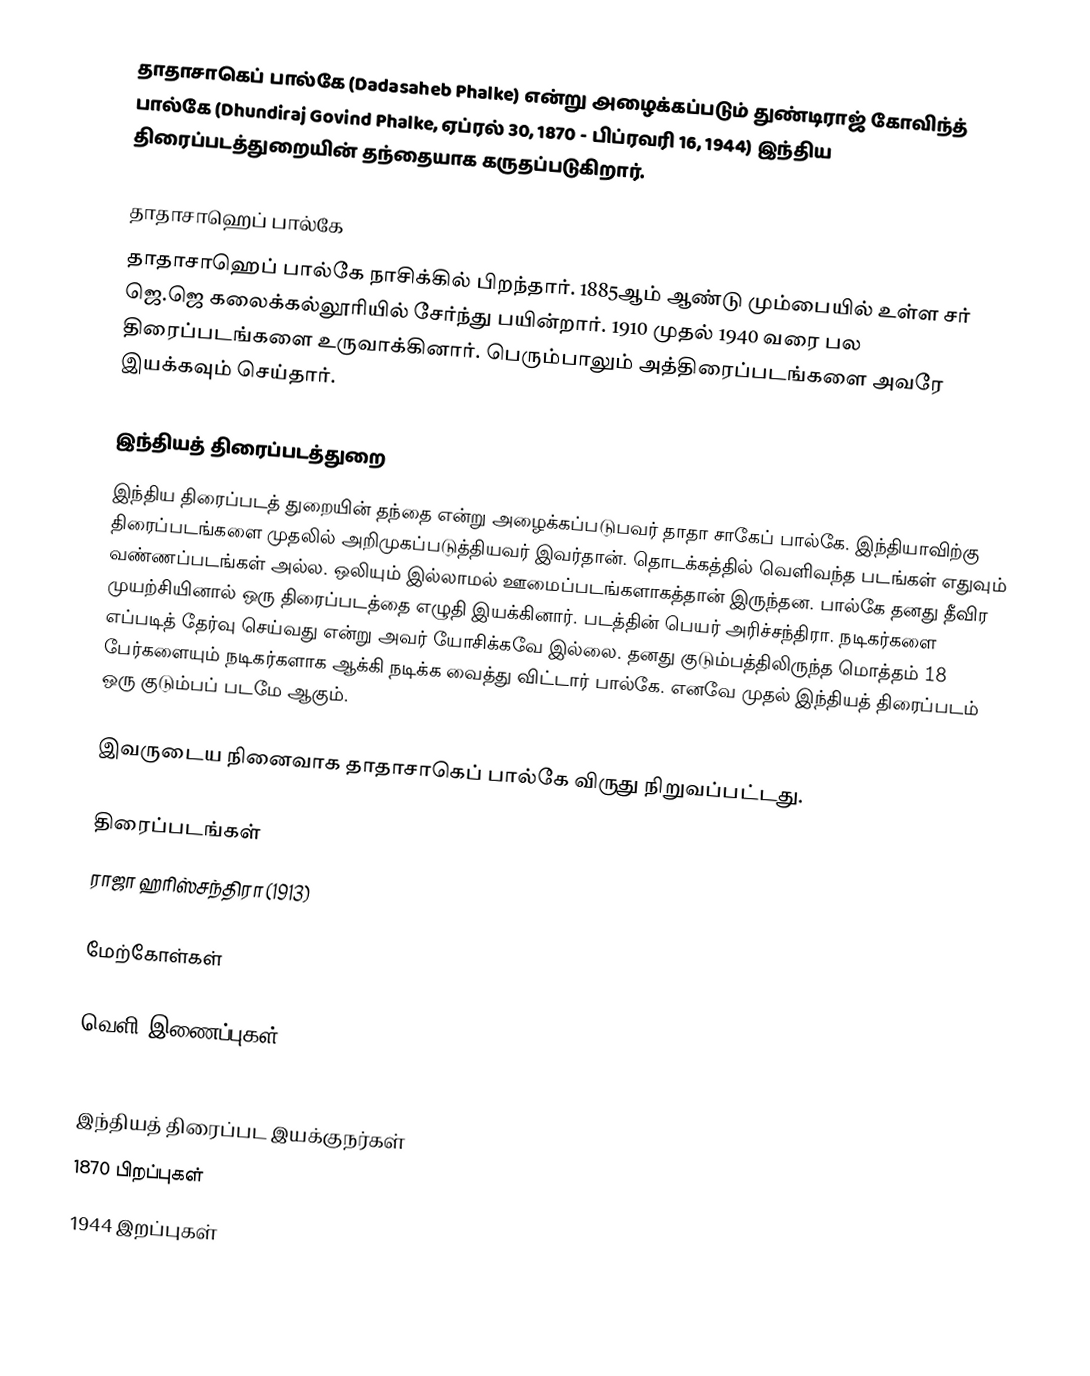
தாதாசாகெப் பால்கே (Dadasaheb Phalke) என்று அழைக்கப்படும் துண்டிராஜ் கோவிந்த் பால்கே (Dhundiraj Govind Phalke, ஏப்ரல் 30, 1870 - பிப்ரவரி 16, 1944) இந்திய திரைப்படத்துறையின் தந்தையாக கருதப்படுகிறார்.

தாதாசாஹெப் பால்கே
தாதாசாஹெப் பால்கே நாசிக்கில் பிறந்தார். 1885ஆம் ஆண்டு மும்பையில் உள்ள சர் ஜெ.ஜெ கலைக்கல்லூரியில் சேர்ந்து பயின்றார். 1910 முதல் 1940 வரை பல திரைப்படங்களை உருவாக்கினார். பெரும்பாலும் அத்திரைப்படங்களை அவரே இயக்கவும் செய்தார்.

இந்தியத் திரைப்படத்துறை
இந்திய திரைப்படத் துறையின் தந்தை என்று அழைக்கப்படுபவர் தாதா சாகேப் பால்கே. இந்தியாவிற்கு திரைப்படங்களை முதலில் அறிமுகப்படுத்தியவர் இவர்தான். தொடக்கத்தில் வெளிவந்த படங்கள் எதுவும் வண்ணப்படங்கள் அல்ல. ஒலியும் இல்லாமல் ஊமைப்படங்களாகத்தான் இருந்தன. பால்கே தனது தீவிர முயற்சியினால் ஒரு திரைப்படத்தை எழுதி இயக்கினார். படத்தின் பெயர் அரிச்சந்திரா. நடிகர்களை எப்படித் தேர்வு செய்வது என்று அவர் யோசிக்கவே இல்லை. தனது குடும்பத்திலிருந்த மொத்தம் 18 பேர்களையும் நடிகர்களாக ஆக்கி நடிக்க வைத்து விட்டார் பால்கே. எனவே முதல் இந்தியத் திரைப்படம் ஒரு குடும்பப் படமே ஆகும்.

இவருடைய நினைவாக தாதாசாகெப் பால்கே விருது நிறுவப்பட்டது.

திரைப்படங்கள்
 ராஜா ஹரிஸ்சந்திரா (1913)

மேற்கோள்கள்

வெளி இணைப்புகள்

இந்தியத் திரைப்பட இயக்குநர்கள்
1870 பிறப்புகள்
1944 இறப்புகள்